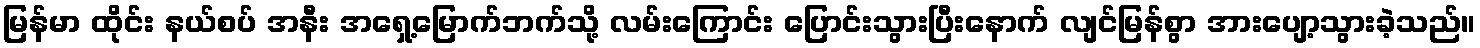
မြန်မာ ထိုင်း နယ်စပ် အနီး အရှေ့မြောက်ဘက်သို့ လမ်းကြောင်း ပြောင်းသွားပြီးနောက် လျင်မြန်စွာ အားပျော့သွားခဲ့သည်။